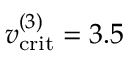
v _ { \mathrm { c r i t } } ^ { ( 3 ) } = 3 . 5